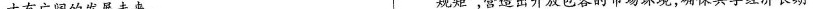
才有广阔的发展未来。规矩”，营造出开放包容的市场环境，确保共享经济长期